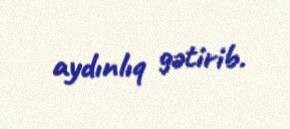
aydınlıq gətirib.